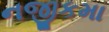
નજીકમા